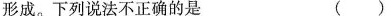
形成。下列说法不正确的是 ()